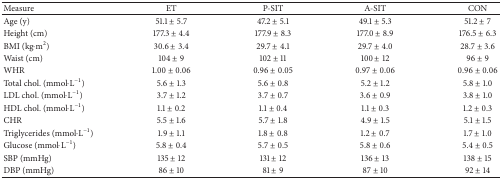
| Measure | ET | P-SIT | A-SIT | CON |
 | --- | --- | --- | --- | --- |
 | Age (y) | 51.1 ± 5.7 | 47.2 ± 5.1 | 49.1 ± 5.3 | 51.2 ± 7 |
 | Height (cm) | 177.3 ± 4.4 | 177.9 ± 8.3 | 177.0 ± 8.9 | 176.5 ± 6.3 |
 | BMI (kg·m2) | 30.6 ± 3.4 | 29.7 ± 4.1 | 29.7 ± 4.0 | 28.7 ± 3.6 |
 | Waist (cm) | 104 ± 9 | 102 ± 11 | 100 ± 12 | 96 ± 9 |
 | WHR | 1.00 ± 0.06 | 0.96 ± 0.05 | 0.97 ± 0.06 | 0.96 ± 0.06 |
 | Total chol. (mmol·L−1) | 5.6 ± 1.3 | 5.6 ± 0.8 | 5.2 ± 1.2 | 5.8 ± 1.0 |
 | LDL chol. (mmol·L−1) | 3.7 ± 1.2 | 3.7 ± 0.7 | 3.6 ± 0.9 | 3.8 ± 1.0 |
 | HDL chol. (mmol·L−1) | 1.1 ± 0.2 | 1.1 ± 0.4 | 1.1 ± 0.3 | 1.2 ± 0.3 |
 | CHR | 5.5 ± 1.6 | 5.7 ± 1.8 | 4.9 ± 1.5 | 5.1 ± 1.5 |
 | Triglycerides (mmol·L−1) | 1.9 ± 1.1 | 1.8 ± 0.8 | 1.2 ± 0.7 | 1.7 ± 1.0 |
 | Glucose (mmol·L−1) | 5.8 ± 0.4 | 5.7 ± 0.5 | 5.8 ± 0.6 | 5.4 ± 0.5 |
 | SBP (mmHg) | 135 ± 12 | 131 ± 12 | 136 ± 13 | 138 ± 15 |
 | DBP (mmHg) | 86 ± 10 | 81 ± 9 | 87 ± 10 | 92 ± 14 |